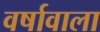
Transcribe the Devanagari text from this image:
वर्षावाला